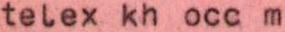
telex kh occ m